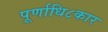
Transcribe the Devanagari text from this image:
पूर्णाधि८कार